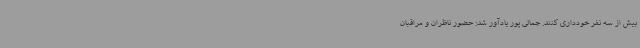
بیش از سه نفر خودداری کنند. جمالی پور یادآور شد: حضور ناظران و مراقبان